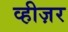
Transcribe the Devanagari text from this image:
व्हीज़र